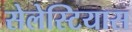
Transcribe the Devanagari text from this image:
सेलेस्टियास